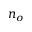
n _ { o }